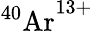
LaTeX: {^{40}\mathrm{Ar}}^{13+}